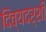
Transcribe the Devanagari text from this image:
दिव्‍यदर्शी